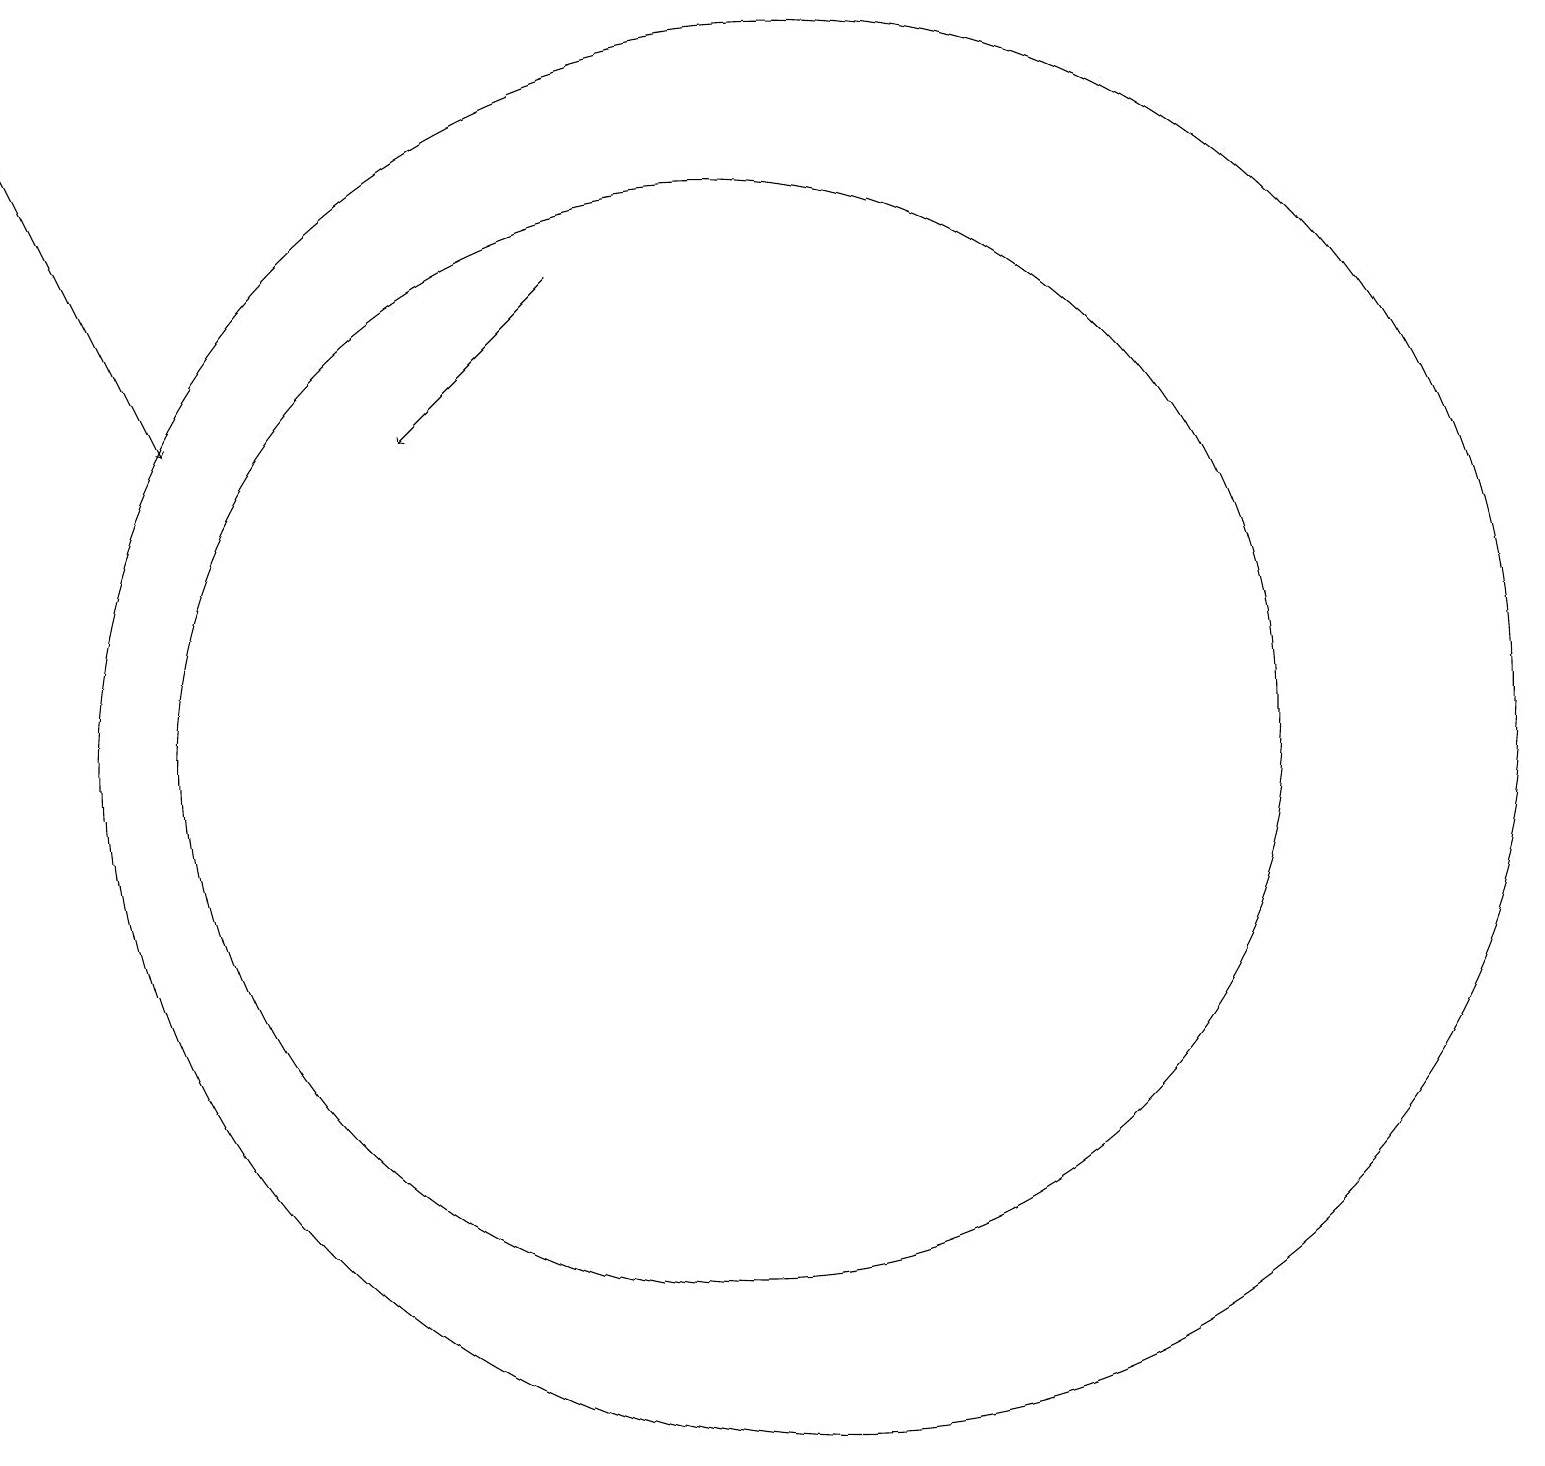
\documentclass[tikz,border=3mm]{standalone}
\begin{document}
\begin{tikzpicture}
\draw[->] (1,19) -- (3,15);
\draw (10,11) circle (7);
\draw (11,11) circle (9);
\draw[->] (8,17) -- (6,15);
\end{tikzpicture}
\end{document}